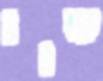
שוו